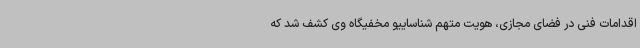
اقدامات فنی در فضای مجازی، هویت متهم شناساییو مخفیگاه وی کشف شد که